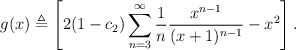
\begin{align*} g(x) \triangleq \left[ 2 (1 - c_2) \sum \limits_{n=3}^{\infty} \frac{1}{n} \frac{x^{n-1}}{(x+1)^{n-1}} - x^2\right].\end{align*}